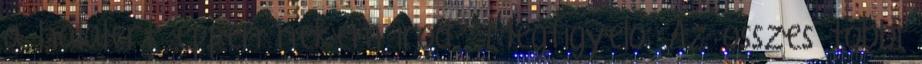
a halalert eppen nekem irod? Megfigyelo: Az osszes tobbi